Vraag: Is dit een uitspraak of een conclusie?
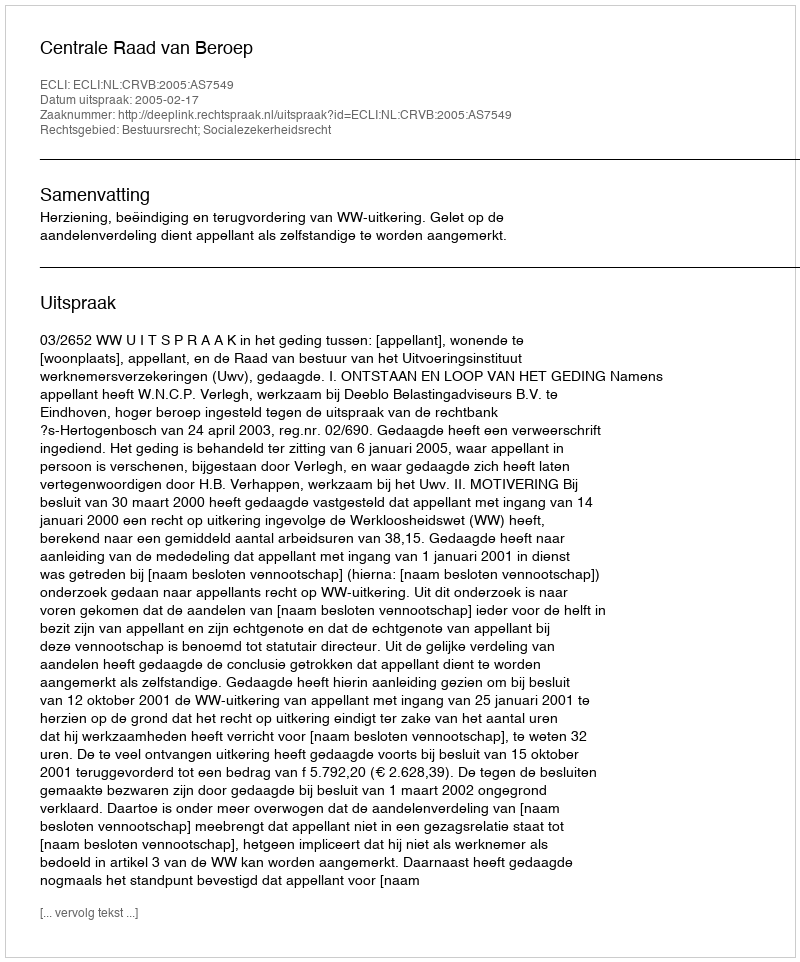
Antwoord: Uitspraak